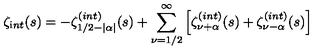
\zeta _ { \mathrm i n t } ( s ) = - \zeta _ { 1 / 2 - | \alpha | } ^ { \mathrm ( i n t ) } ( s ) + \sum _ { \nu = 1 / 2 } ^ { \infty } \left[ \zeta _ { \nu + \alpha } ^ { \mathrm ( i n t ) } ( s ) + \zeta _ { \nu - \alpha } ^ { \mathrm ( i n t ) } ( s ) \right]